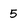
Character: 5